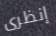
إنظرى